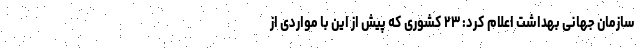
سازمان جهانی بهداشت اعلام کرد: ۲۳ کشوری که پیش از این با مواردی از